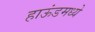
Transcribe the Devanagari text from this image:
हाऊंडमध्ये